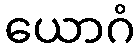
ယောဂံ